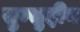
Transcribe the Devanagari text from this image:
सुम्सुद्दीन